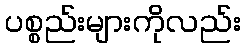
ပစ္စည်းများကိုလည်း